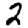
Digit: 2